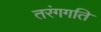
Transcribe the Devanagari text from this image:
तरंगगति